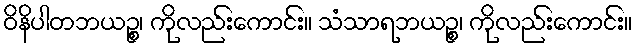
ဝိနိပါတဘယဉ္စ၊ ကိုလည်းကောင်း။ သံသာရဘယဉ္စ၊ ကိုလည်းကောင်း။